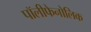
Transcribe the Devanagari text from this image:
पॉलीफेनोलिक